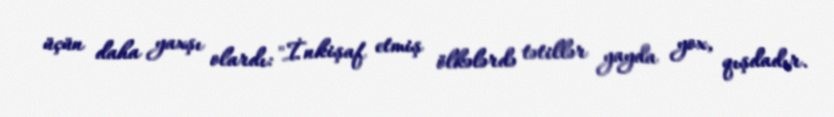
üçün daha yaxşı olardı: "İnkişaf etmiş ölkələrdə tətillər yayda yox, qışdadır.